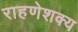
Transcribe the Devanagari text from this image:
राहणेशक्य